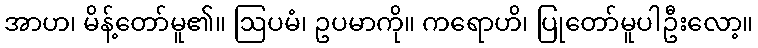
အာဟ၊ မိန့်တော်မူ၏။ ဩပမံ၊ ဥပမာကို။ ကရောဟိ၊ ပြုတော်မူပါဦးလော့။